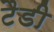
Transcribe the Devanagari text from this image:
टैडी